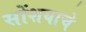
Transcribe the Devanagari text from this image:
सोंशयाचे